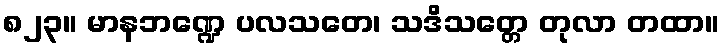
၈၂၃။ မာနဘဏ္ဍေ ပလသတေ၊ သဒိသတ္တေ တုလာ တထာ။